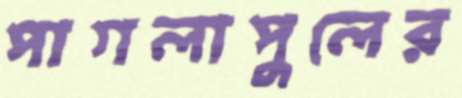
পাগলাপুলের